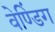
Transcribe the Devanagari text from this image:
वेण्डिंग